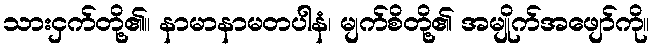
သားငှက်တို့၏။ နာမာနာမတပါနံ၊ မျက်စိတို့၏ အမျိုက်အဖျော်ကို။